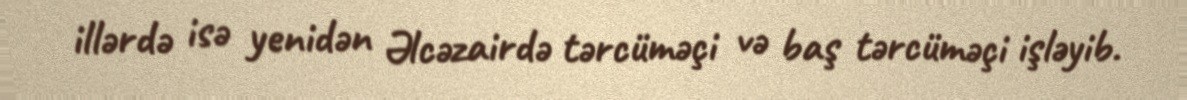
illərdə isə yenidən Əlcəzairdə tərcüməçi və baş tərcüməçi işləyib.